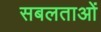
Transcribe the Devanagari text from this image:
सबलताओं